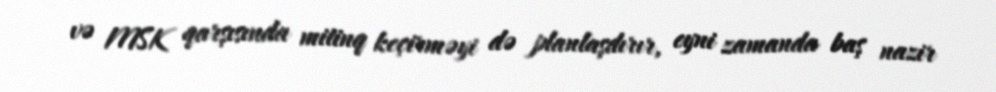
və MSK qarşısında mitinq keçirməyi də planlaşdırır, eyni zamanda baş nazir